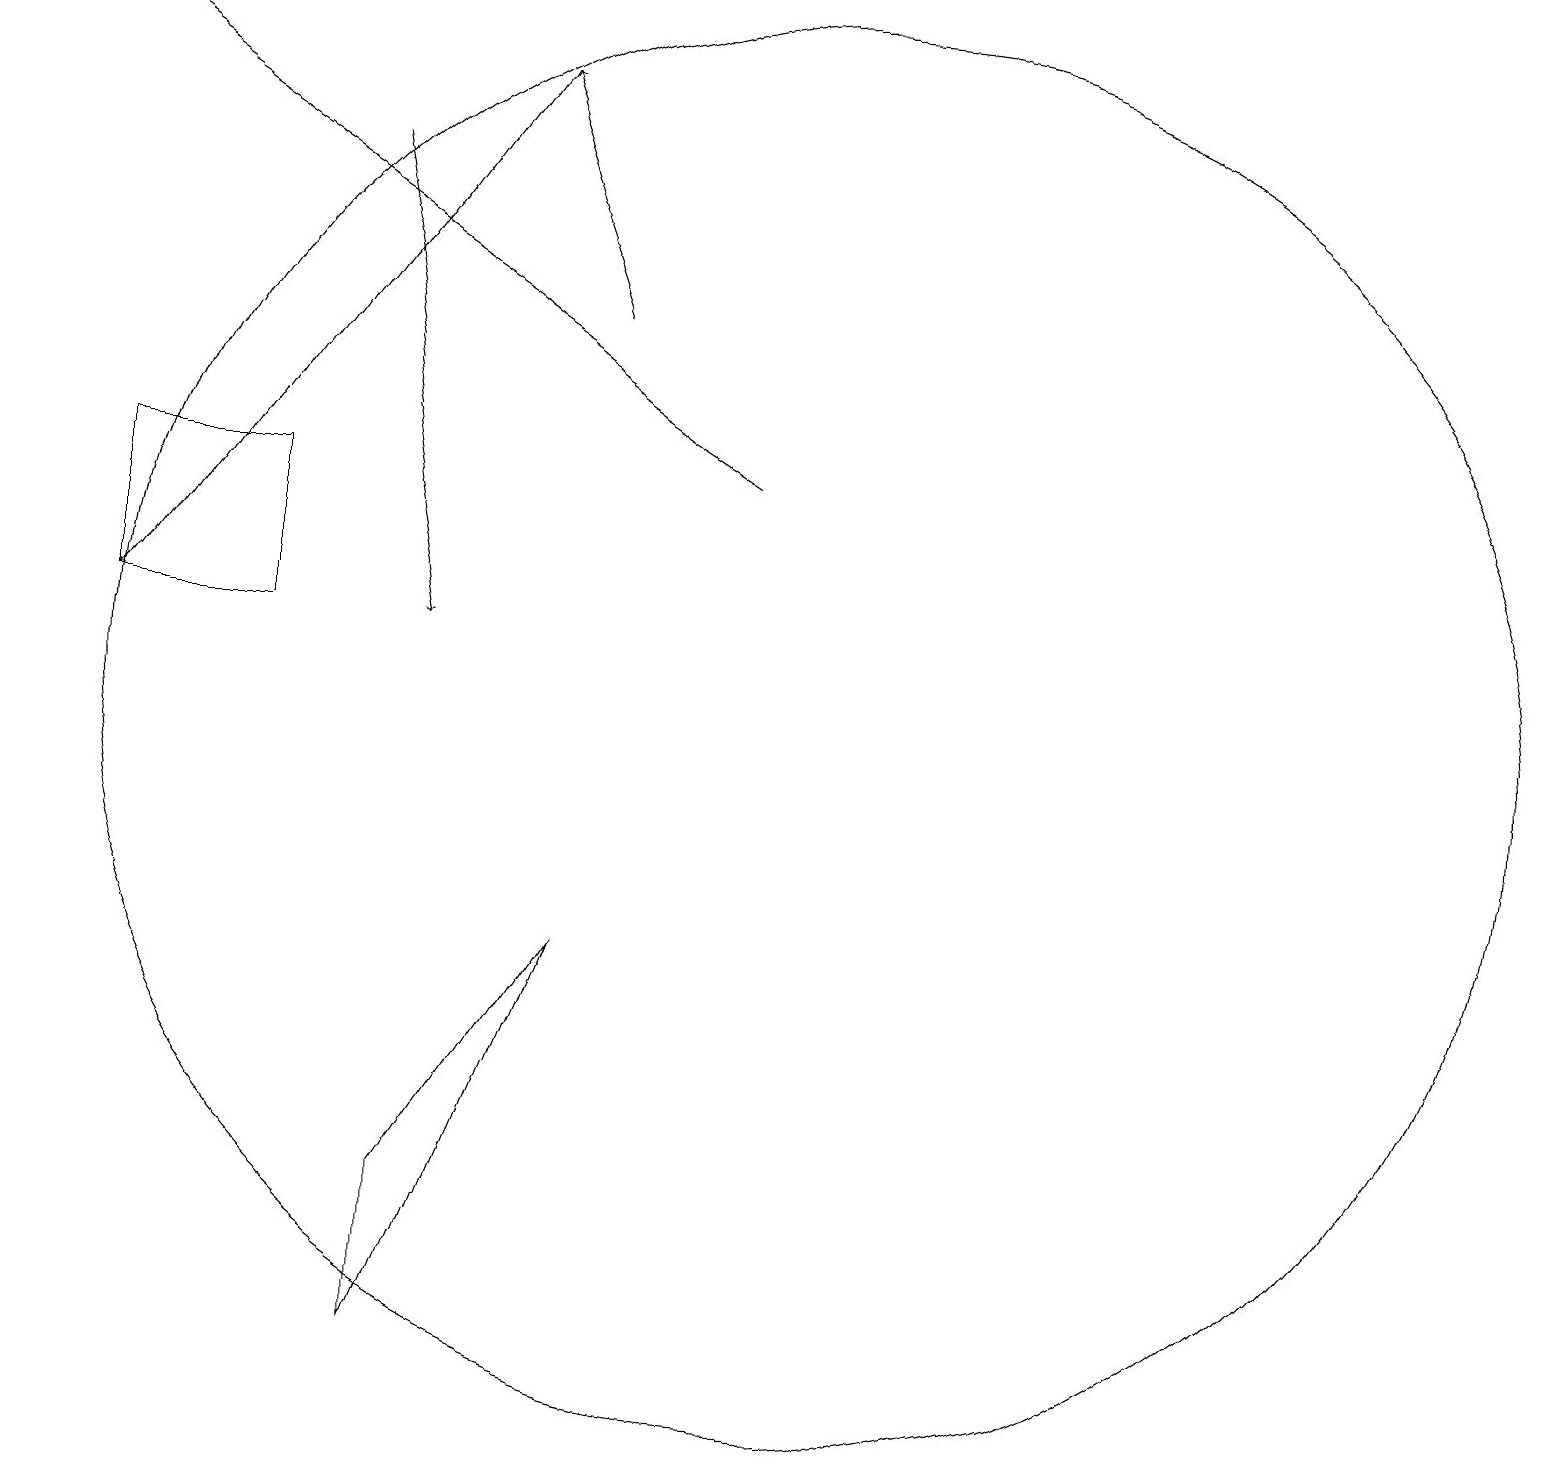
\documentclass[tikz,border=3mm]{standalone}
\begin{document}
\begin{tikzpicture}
\draw (5,2) -- (5,4) -- (7,7) -- cycle;
\draw[->] (4,17) -- (5,11);
\draw (3,11) rectangle (1,13);
\draw (10,10) circle (9);
\draw[->] (9,13) -- (0,19);
\draw[->] (6,18) -- (1,11);
\draw[->] (7,15) -- (6,18);
\draw (11,11) circle (0);
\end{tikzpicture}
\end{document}